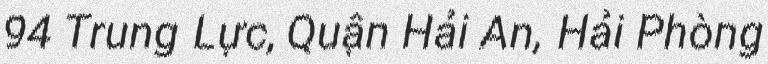
94 Trung Lực, Quận Hải An, Hải Phòng